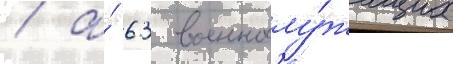
/ а́ 63 военнослу́жащих